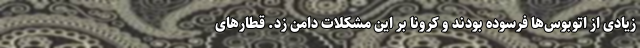
زیادی از اتوبوس‌ها فرسوده بودند و کرونا بر این مشکلات دامن زد. قطارهای